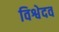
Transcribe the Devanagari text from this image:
विश्वेदव